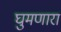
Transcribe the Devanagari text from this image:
घुमणारा